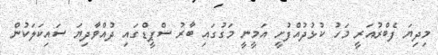
މިދިޔަ ފެބްރުއަރީ މަހު ކުޅުދުއްފުށީ އަމީނީ މަގުގައި ބާރު ސްޕީޑްގައި ދުއްވާދިޔަ ސައިކަލަކުން